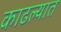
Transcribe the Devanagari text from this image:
काढल्यात